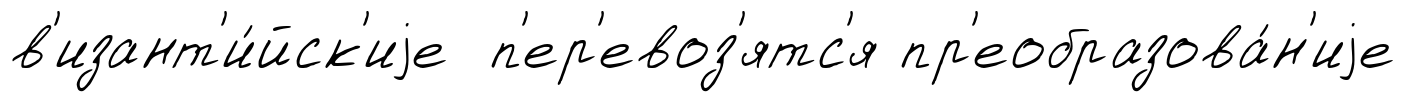
в'изант'и́йск'иjе п'ер'евоз'ятс'я пр'еобразова́н'иjе